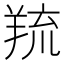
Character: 𦎓